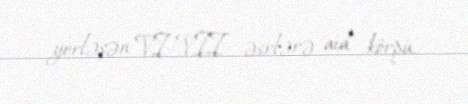
yerləşən VI–VII əsrlərə aid körpü.